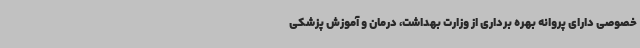
خصوصی دارای پروانه بهره برداری از وزارت بهداشت، درمان و آموزش پزشکی